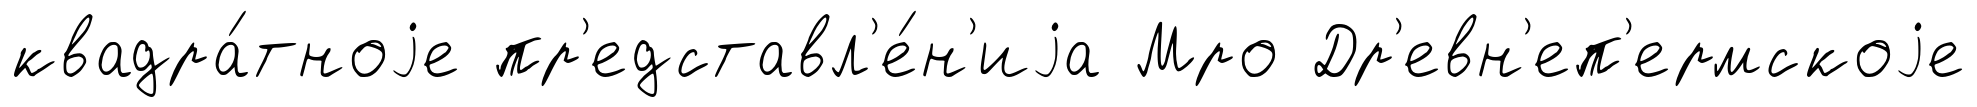
квадра́тноjе пр'едставл'е́н'иjа Мро Др'евн'еп'ермскоjе